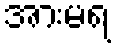
အားမရ